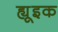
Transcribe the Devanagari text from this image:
ह्यूइक